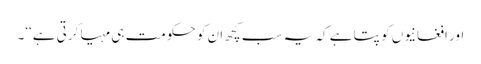
اور افغانیوں کو پتا ہے کہ یہ سب کچھ ان کو حکومت ہی مہیا کرتی ہے‘‘۔